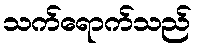
သက်ရောက်သည်